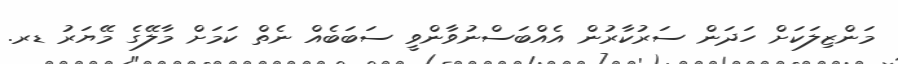
މަންޒިލަކަށް ހަދަން ސަރުކާރުން އެއްބަސްނުވާންވީ ސަބަބެއް ނެތް ކަމަށް މާލޭގެ މޭޔަރު ޑރ.